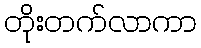
တိုးတက်လာကာ